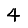
Digit: 4